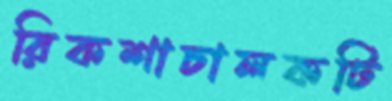
রিকশাচালকটি